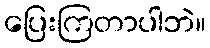
ပြေးကြတာပါဘဲ။